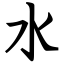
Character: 水